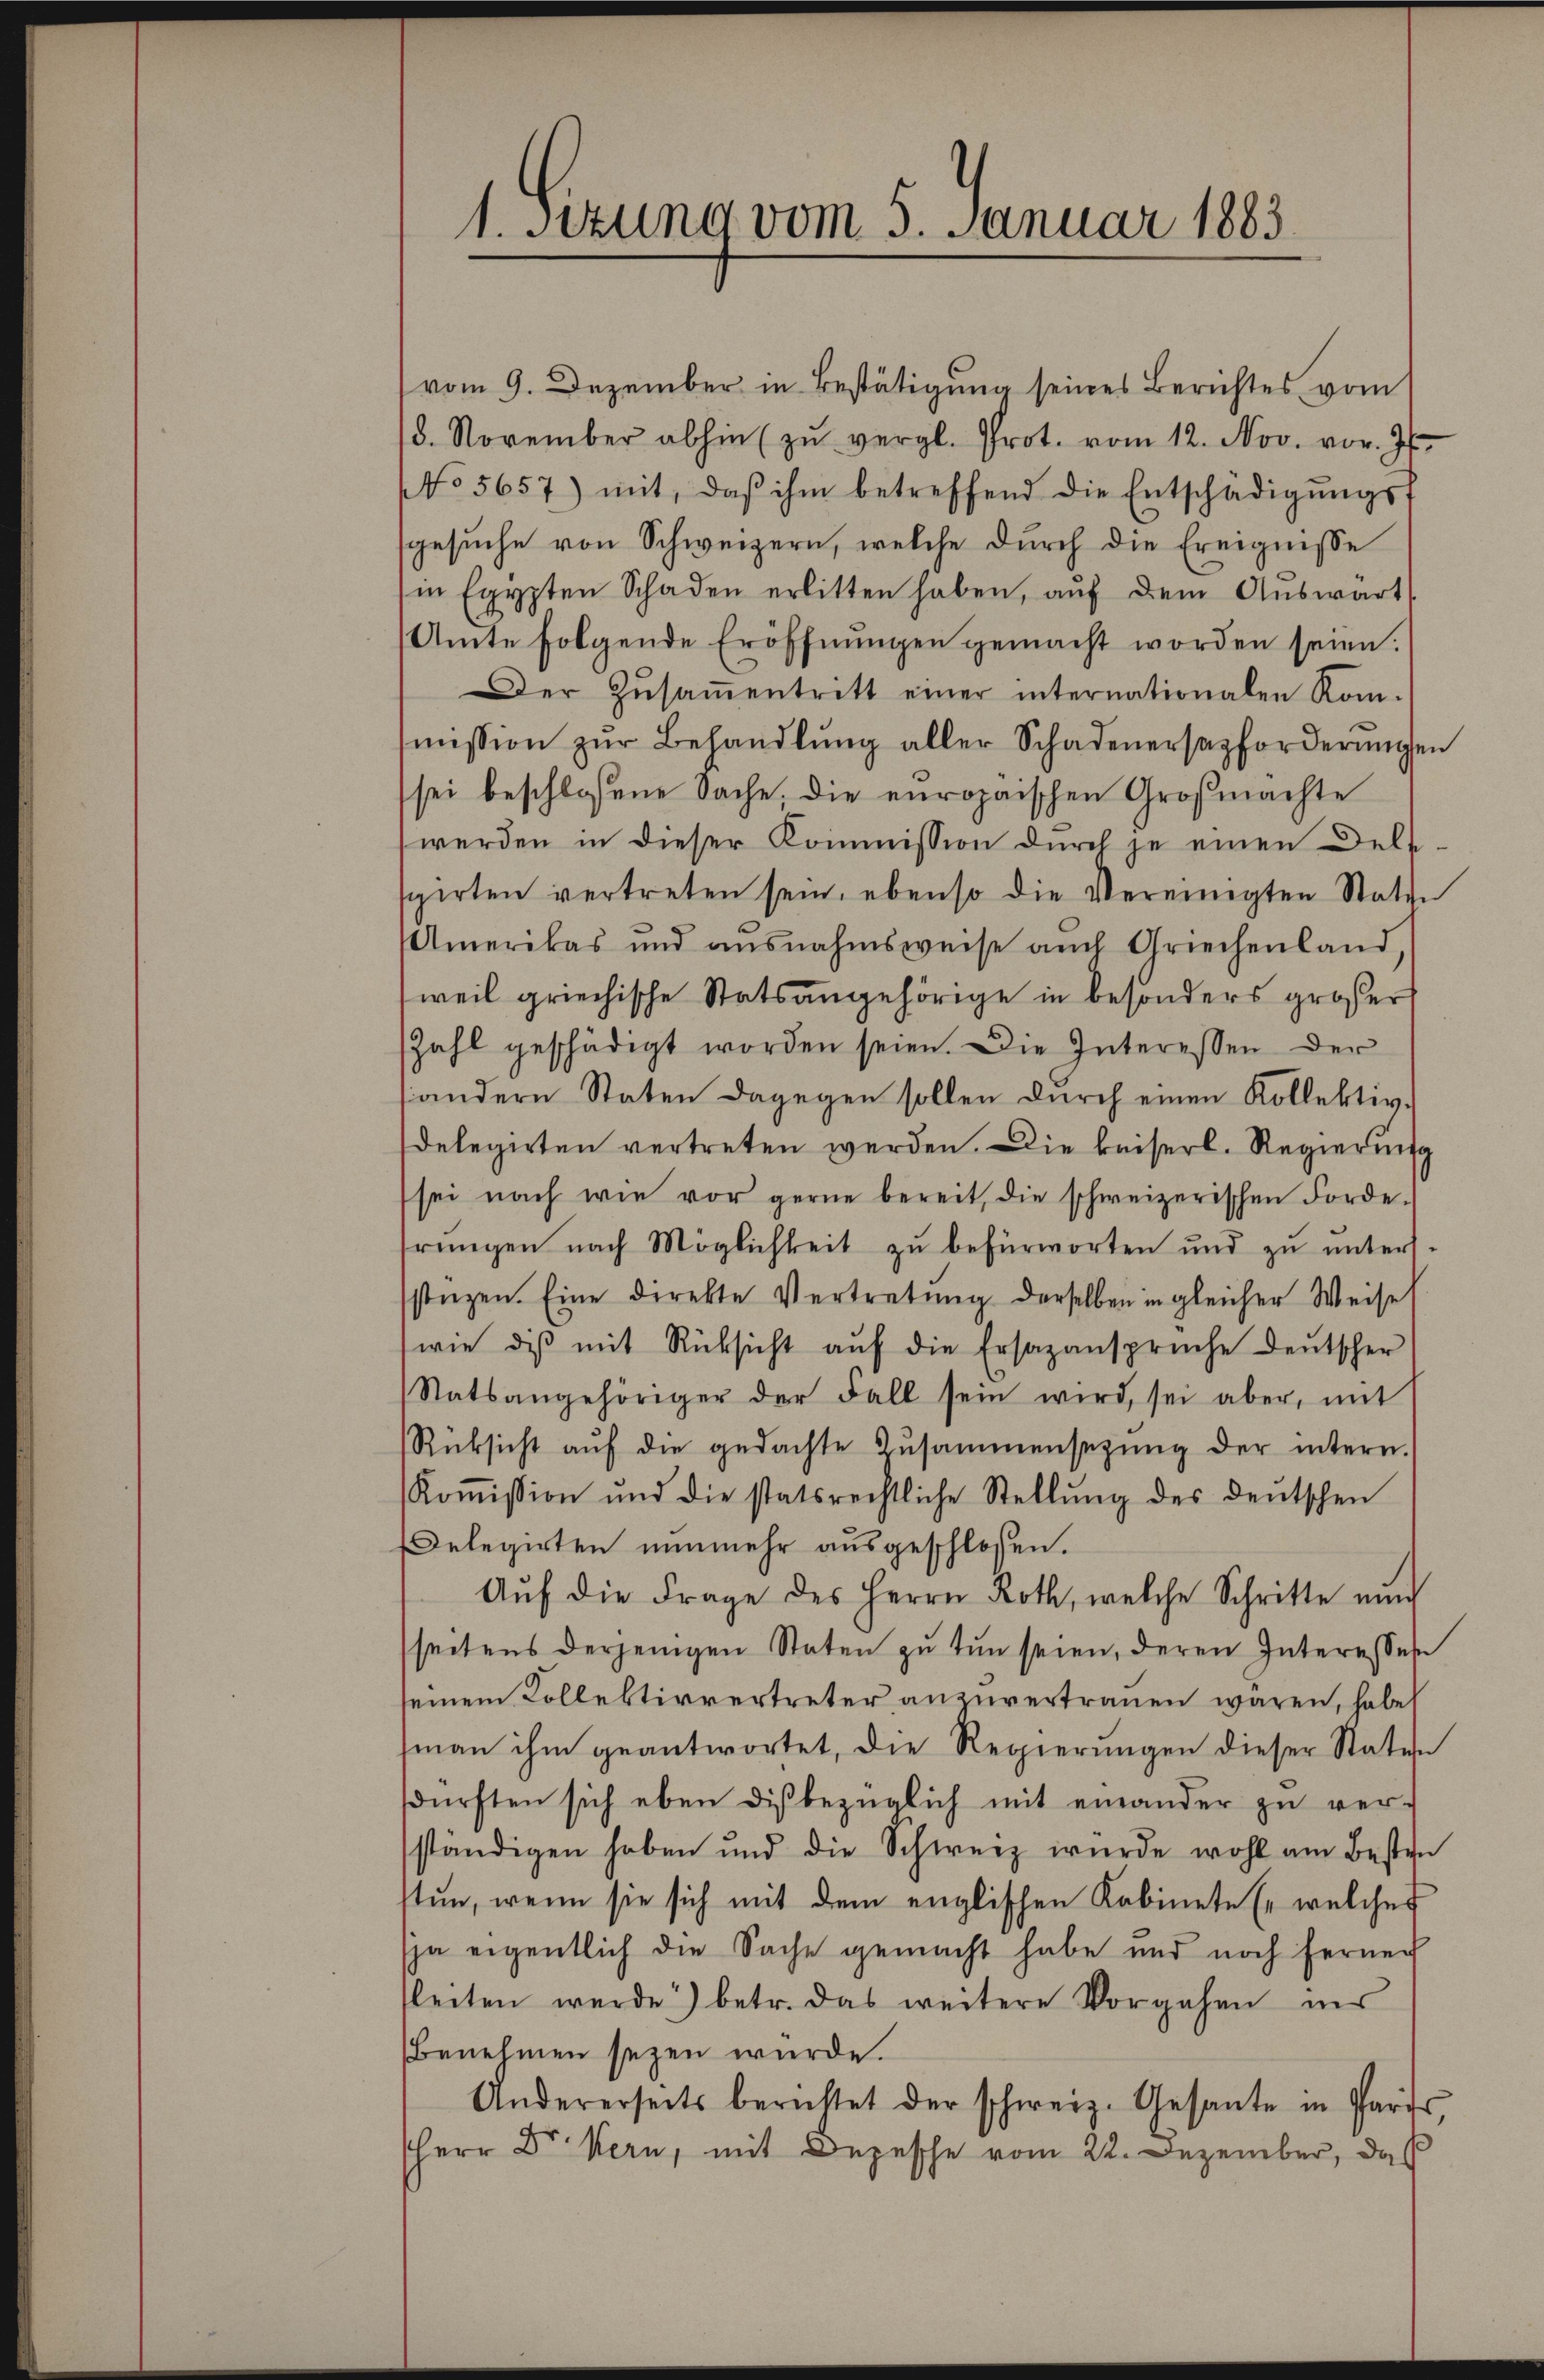
1. Setzung vom 5. Januar 1883

vom 9. Dezember in Bestätigung seines Berichtes vom
/8. November abhin zŭ vergl. Prot. vom 12. Nov. vor. Js.
No 5657) mit, daβ ihm betreffend die Entschädigŭngsf
gesuche von Schweizern, welche durch die Ereignisse
in Egypten Schaden erlitten haben, aŭf dem Auswart
Amte folgende Eröffnŭngen gemacht worden seien.
Der Zŭsaṁentritt einer internationalen Rommission zŭr Behandlŭng aller Schadenersazforderungen
sei beschlossene Sache, die europaischen Großmachte
werden in dieser Kommission durch je einen Dele
spirten vertreten sein, ebenso die Vereinigten Statte
Amerikas und ausnahmsweise aŭch Griechenland,
weil griechische Statsangehörige in besonders großer
Zahl geschädigt worden seien. Die Interessen der
(andern Staten dagegen sollen durch einen Kollektiv-
delegirten vertreten werden. Die beiserl. Regierung
sei nach wie vor gerne bereit, die schweizerischen Forde-
hrungen nach Möglichkeit zu befürworten und zu unterl.
stüzen. Eine direkte Vertretŭng derselben in gleicher Weise
(wie dis mit Rücksicht aŭf die Ersazansprüche deutscher
Statsangehöriger der Fall sein wird, sei aber, mit
Rüksicht aŭf die gedachte Zusammensetzŭng der intern.
Koṁission und die statsrechtliche Stellŭng des deŭtschen
Delegirten nunmehr ausgeschlossen.
Auf die Frage des Herrn Roth, welche Schritte und
seitens derjenigen Staten zu tun seien, deren Interessese
einem Kollektivvertreter anzŭvertrauen waren, habe
man ihm geantwortet, die Regierungen dieser Staten
dürften sich eben diβbezüglich mit einander zŭ ver-
ständigen haben und die Schweiz wurde wohl am Besten
sten, wenn sie sich mit dem englischen Kabinete Er welches
jja eigentlich die Sache gemacht habe und noch ferner
leiten werde) betr. das weitere Vorgehen nur
Benehmen seyen würde.
Andererseits berichtet der schweiz. Gesante in Paris,
Herr Dr Kern, mit Depesche vom 22. Dezember, daß